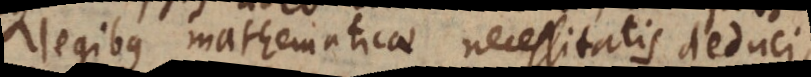
egibus mathematicae necessitatis deduci,